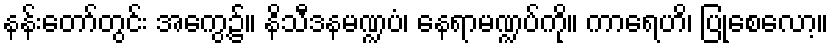
နန်းတော်တွင်း အကွေ့၌။ နိသီဒနမဏ္ဍပံ၊ နေရာမဏ္ဍပ်ကို။ ကာရေဟိ၊ ပြုစေလော့။